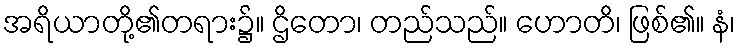
အရိယာတို့၏တရား၌။ ဌိတော၊ တည်သည်။ ဟောတိ၊ ဖြစ်၏။ နံ၊